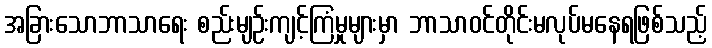
အခြားသောဘာသာရေး စည်းမျဉ်းကျင့်ကြံမှုများမှာ ဘာသာဝင်တိုင်းမလုပ်မနေရဖြစ်သည့်